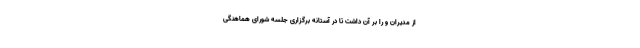
از مدیران و را بر آن داشت تا در آستانه برگزاری جلسه شورای هماهنگی